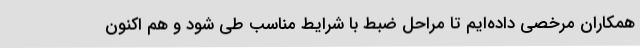
همکاران مرخصی داده‌ایم تا مراحل ضبط با شرایط مناسب طی شود و هم اکنون